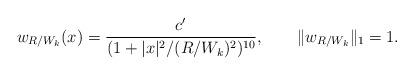
LaTeX: \begin{align*} w_{R/W_k}(x)=\frac{c'}{(1+|x|^2/(R/W_k)^2)^{10}},\qquad\|w_{R/W_k}\|_1=1. \end{align*}